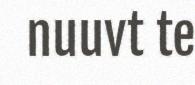
nuuvt te